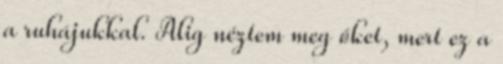
a ruhájukkal. Alig néztem meg őket, mert ez a